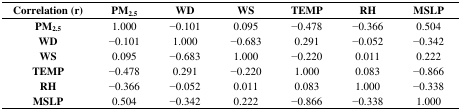
| Correlation (r) | PM2.5 | WD | WS | TEMP | RH | MSLP |
 | --- | --- | --- | --- | --- | --- | --- |
 | PM2.5 | 1.000 | −0.101 | 0.095 | −0.478 | −0.366 | 0.504 |
 | WD | −0.101 | 1.000 | −0.683 | 0.291 | −0.052 | −0.342 |
 | WS | 0.095 | −0.683 | 1.000 | −0.220 | 0.011 | 0.222 |
 | TEMP | −0.478 | 0.291 | −0.220 | 1.000 | 0.083 | −0.866 |
 | RH | −0.366 | −0.052 | 0.011 | 0.083 | 1.000 | −0.338 |
 | MSLP | 0.504 | −0.342 | 0.222 | −0.866 | −0.338 | 1.000 |